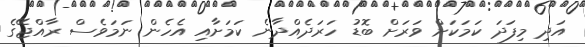
އަދި މިފަދަ ކަމަކަށް ވަރަށް ބޮޑު ހަރަދެއްދާނެ ކަމަށާއި އެހެން ނަމަވެސް ރާއްޖޭގެ